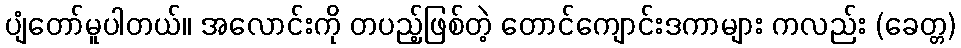
ပျံတော်မူပါတယ်။ အလောင်းကို တပည့်ဖြစ်တဲ့ တောင်ကျောင်းဒကာများ ကလည်း (ခေတ္တ)